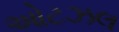
ઓટઝલ